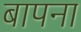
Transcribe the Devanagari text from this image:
बापना